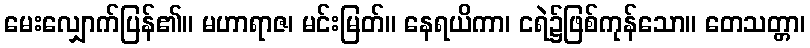
မေးလျှောက်ပြန်၏။ မဟာရာဇ၊ မင်းမြတ်။ နေရယိကာ၊ ငရဲ၌ဖြစ်ကုန်သော။ တေသတ္တာ၊